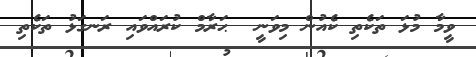
ވީމާ މުޅަ ތަކެތި ކެއުން މިވަނީ  ޙަރާމް ކުރައްވައި ރަނގަޅު ތަކެތި